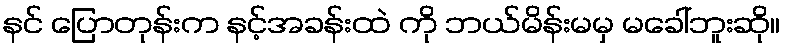
နင် ပြောတုန်းက နင့်အခန်းထဲ ကို ဘယ်မိန်းမမှ မခေါ်ဘူးဆို။